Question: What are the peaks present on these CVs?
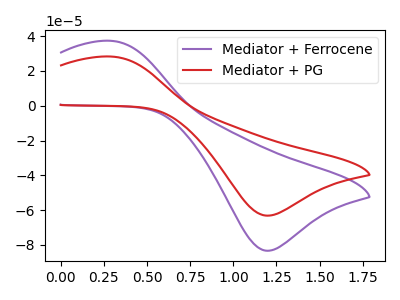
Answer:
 <answer>The purple curve "Mediator + Ferrocene" has an anodic peak at (0.30V, 37.25uA) and a cathodic peak at (1.20V, -83.35uA). The red curve "Mediator + PG" has an anodic peak at (0.30V, 28.25uA) and a cathodic peak at (1.20V, -63.15uA).</answer>
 <eval></eval>